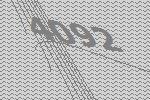
4092